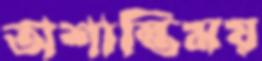
অশান্তিময়